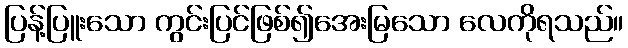
ပြန့်ပြူးသော ကွင်းပြင်ဖြစ်၍အေးမြသော လေကိုရသည်။